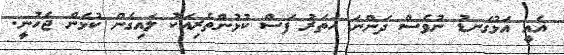
އެއީ އަޅުގަނޑު ނުވެސް ދަންނަ ހަތަރު ފަސް ކުޅުންތެރިއަކު ލައިގެން ކުޅެން ޖެހުނީ.